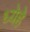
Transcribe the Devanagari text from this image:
ध्येहे